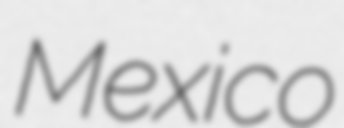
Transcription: Mexico